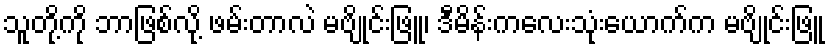
သူတို့ကို ဘာဖြစ်လို့ ဖမ်းတာလဲ မဗျိုင်းဖြူ၊ ဒီမိန်းကလေးသုံးယောက်က မဗျိုင်းဖြူ